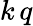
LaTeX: k\, q